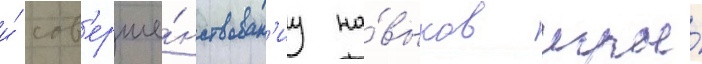
и́ сов'ерше́нствован'иу на́выков игры́